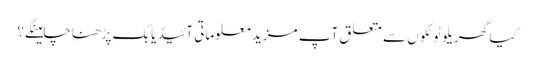
کیا گھریلو ٹوٹکوں سے متعلق آپ مزید معلوماتی آئیڈیابک پڑھنا چاہینگے؟